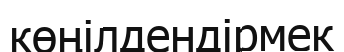
көңілдендірмек